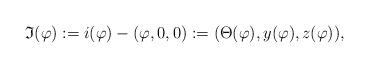
LaTeX: \begin{align*}\mathfrak{I}(\varphi):=i(\varphi)-(\varphi, 0, 0):=(\Theta(\varphi), y(\varphi), z(\varphi)), \end{align*}